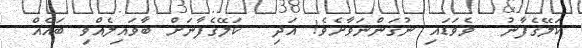
ކަލޭގެފާނު  ވެވަޑައި ނުގަންނަވާށެވެ! އަދި  ކަލޭގެފާނަށް ބާވައިލެއްވި ބައެއް